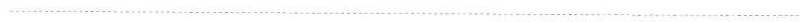
___